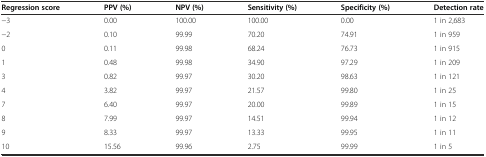
<table><thead><tr><td><b>Regression score</b></td><td><b>PPV (%)</b></td><td><b>NPV (%)</b></td><td><b>Sensitivity (%)</b></td><td><b>Specificity (%)</b></td><td><b>Detection rate</b></td></tr></thead><tbody><tr><td>−3</td><td>0.00</td><td>100.00</td><td>100.00</td><td>0.00</td><td>1 in 2,683</td></tr><tr><td>−2</td><td>0.10</td><td>99.99</td><td>70.20</td><td>74.91</td><td>1 in 959</td></tr><tr><td>0</td><td>0.11</td><td>99.98</td><td>68.24</td><td>76.73</td><td>1 in 915</td></tr><tr><td>1</td><td>0.48</td><td>99.98</td><td>34.90</td><td>97.29</td><td>1 in 209</td></tr><tr><td>3</td><td>0.82</td><td>99.97</td><td>30.20</td><td>98.63</td><td>1 in 121</td></tr><tr><td>4</td><td>3.82</td><td>99.97</td><td>21.57</td><td>99.80</td><td>1 in 25</td></tr><tr><td>7</td><td>6.40</td><td>99.97</td><td>20.00</td><td>99.89</td><td>1 in 15</td></tr><tr><td>8</td><td>7.99</td><td>99.97</td><td>14.51</td><td>99.94</td><td>1 in 12</td></tr><tr><td>9</td><td>8.33</td><td>99.97</td><td>13.33</td><td>99.95</td><td>1 in 11</td></tr><tr><td>10</td><td>15.56</td><td>99.96</td><td>2.75</td><td>99.99</td><td>1 in 5</td></tr></tbody></table>